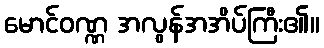
မောင်ဝဏ္ဏ အလွန်အအိပ်ကြီး၏။